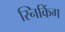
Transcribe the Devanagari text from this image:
स्निकिंग